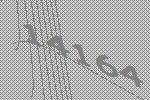
14164